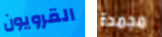
القرويون مجمدة